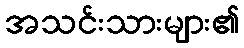
အသင်းသားများ၏